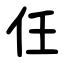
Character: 仼